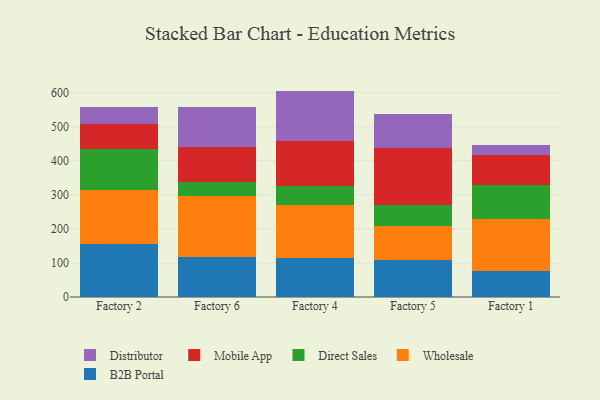
{"axis": {"x": "Factory", "y": "Market Share (%)"}, "legend": ["B2B Portal", "Direct Sales", "Distributor", "Mobile App", "Wholesale"], "data": [{"x": "Factory 2", "y": 156.1, "type": "B2B Portal"}, {"x": "Factory 2", "y": 157.2, "type": "Wholesale"}, {"x": "Factory 2", "y": 122.7, "type": "Direct Sales"}, {"x": "Factory 2", "y": 72.6, "type": "Mobile App"}, {"x": "Factory 2", "y": 48.1, "type": "Distributor"}, {"x": "Factory 6", "y": 117.3, "type": "B2B Portal"}, {"x": "Factory 6", "y": 180.0, "type": "Wholesale"}, {"x": "Factory 6", "y": 39.4, "type": "Direct Sales"}, {"x": "Factory 6", "y": 102.8, "type": "Mobile App"}, {"x": "Factory 6", "y": 117.3, "type": "Distributor"}, {"x": "Factory 4", "y": 113.6, "type": "B2B Portal"}, {"x": "Factory 4", "y": 157.6, "type": "Wholesale"}, {"x": "Factory 4", "y": 54.4, "type": "Direct Sales"}, {"x": "Factory 4", "y": 132.7, "type": "Mobile App"}, {"x": "Factory 4", "y": 147.0, "type": "Distributor"}, {"x": "Factory 5", "y": 109.0, "type": "B2B Portal"}, {"x": "Factory 5", "y": 99.5, "type": "Wholesale"}, {"x": "Factory 5", "y": 62.6, "type": "Direct Sales"}, {"x": "Factory 5", "y": 166.4, "type": "Mobile App"}, {"x": "Factory 5", "y": 100.1, "type": "Distributor"}, {"x": "Factory 1", "y": 76.7, "type": "B2B Portal"}, {"x": "Factory 1", "y": 151.0, "type": "Wholesale"}, {"x": "Factory 1", "y": 102.6, "type": "Direct Sales"}, {"x": "Factory 1", "y": 86.4, "type": "Mobile App"}, {"x": "Factory 1", "y": 29.0, "type": "Distributor"}]}